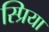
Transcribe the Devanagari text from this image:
स्प्रिया